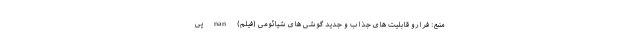
منبع: فرارو قابلیت های جذاب و جدید گوشی های شیائومی (فیلم) nan پی